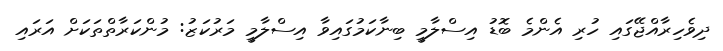
ދިވެހިރާއްޖޭގައި ހުރި އެންމެ ބޮޑު އިސްލާމީ ބިނާކަމުގައިވާ އިސްލާމީ މަރުކަޒު: މުންކަރާތްތަކަށް އަރައި